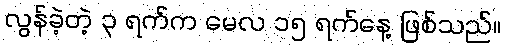
လွန်ခဲ့တဲ့ ၃ ရက်က မေလ ၁၅ ရက်နေ့ ဖြစ်သည်။